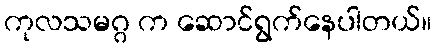
ကုလသမဂ္ဂ က ဆောင်ရွက်နေပါတယ်။